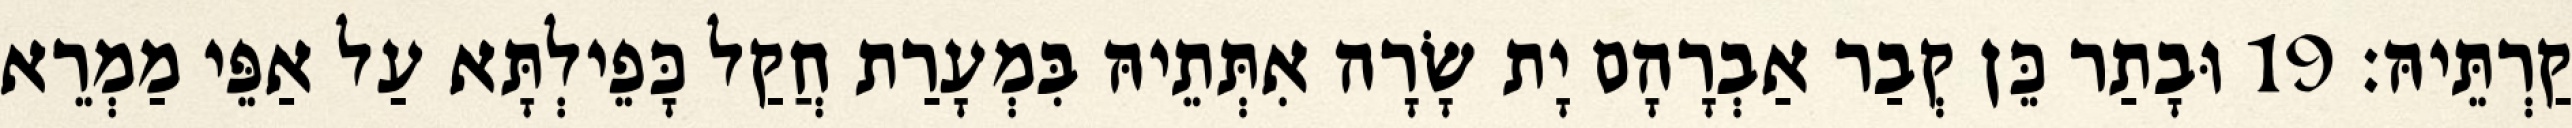
קַרְתֵּיהּ׃ 19 וּבָתַר כֵּן קְבַר אַבְרָהָם יָת שָׂרָה אִתְּתֵיהּ בִּמְעָרַת חֲקַל כָּפֵילְתָּא עַל אַפֵּי מַמְרֵא